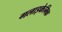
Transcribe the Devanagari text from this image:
गलाइकेमिक